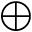
\oplus